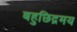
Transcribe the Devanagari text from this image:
बहुछिद्रमय